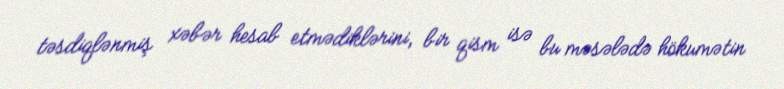
təsdiqlənmiş xəbər hesab etmədiklərini, bir qism isə bu məsələdə hökumətin